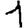
Digit: 1